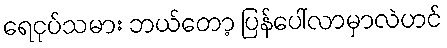
ရေငုပ်သမား ဘယ်တော့ ပြန်ပေါ်လာမှာလဲဟင်